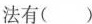
法有（ ）